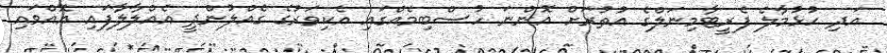
އަދި ހުޅުމާލެ ފެރީޓާމިނަލްގެ އުތުރަށް އޮންނަ ހުސްބިމެއްގައި އެކިވަރުގެ ގެއްލުންދީ އެއްލާލާފައި އޮއްވައި